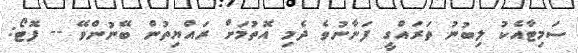
ސަމިޓާއެކު ލިބުނު ތަރައްގީ ފަނާނުވެ ދެމި އޮތުމަށް ރައްޔިތުން ބޭނުންވޭ -- ފޮޓޯ: